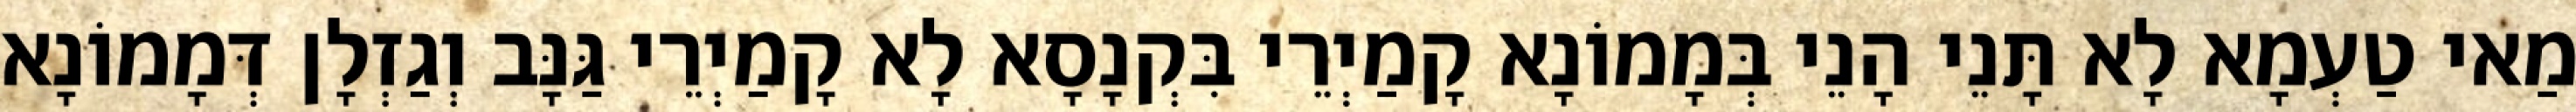
מַאי טַעְמָא לָא תָּנֵי הָנֵי בְּמָמוֹנָא קָמַיְרֵי בִּקְנָסָא לָא קָמַיְרֵי גַּנָּב וְגַזְלָן דְּמָמוֹנָא